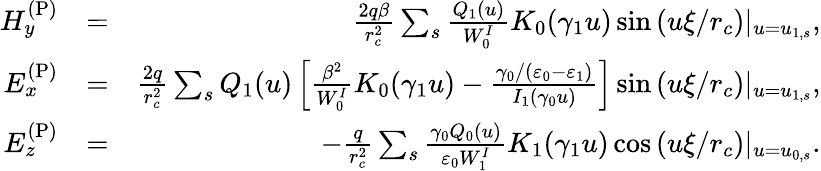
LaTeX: \begin{array}{rlr}{H_{y}^{\mathrm{(P)}}}&{=}&{\frac{2q\beta}{r_{c}^{2}}\sum_{s}\frac{Q_{1}(u)}{W_{0}^{I}}K_{0}(\gamma_{1}u)\sin\left(u\xi/r_{c}\right)|_{u=u_{1,s}},}\\ {E_{x}^{\mathrm{(P)}}}&{=}&{\frac{2q}{r_{c}^{2}}\sum_{s}Q_{1}(u)\left[\frac{\beta^{2}}{W_{0}^{I}}K_{0}(\gamma_{1}u)-\frac{\gamma_{0}/(\varepsilon_{0}-\varepsilon_{1})}{I_{1}(\gamma_{0}u)}\right]\sin\left(u\xi/r_{c}\right)|_{u=u_{1,s}},}\\ {E_{z}^{\mathrm{(P)}}}&{=}&{-\frac{q}{r_{c}^{2}}\sum_{s}\frac{\gamma_{0}Q_{0}(u)}{\varepsilon_{0}W_{1}^{I}}K_{1}(\gamma_{1}u)\cos\left(u\xi/r_{c}\right)|_{u=u_{0,s}}.}\end{array}